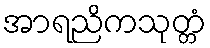
အာရညိကသုတ္တံ